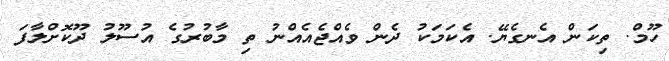
ހޫމް. ތިކަން އެނގެޔޭ. އެކަމަކު ދެން ވެއްޖެއެއްނު ތި މާބުރުގެ އުސޫލު ދޫކޮށްލާފަ